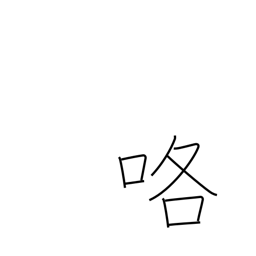
Meaning: quarrel